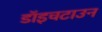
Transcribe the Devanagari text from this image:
डॉइचटाउन